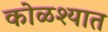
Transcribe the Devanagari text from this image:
कोळश्यात